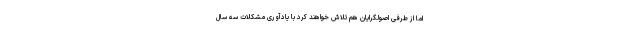
اما از طرفی اصولگرایان هم تلاش خواهند کرد با یادآوری مشکلات سه سال